Statistics compiled by the Government of India from the reports of provincial Civil Veterinary Departments
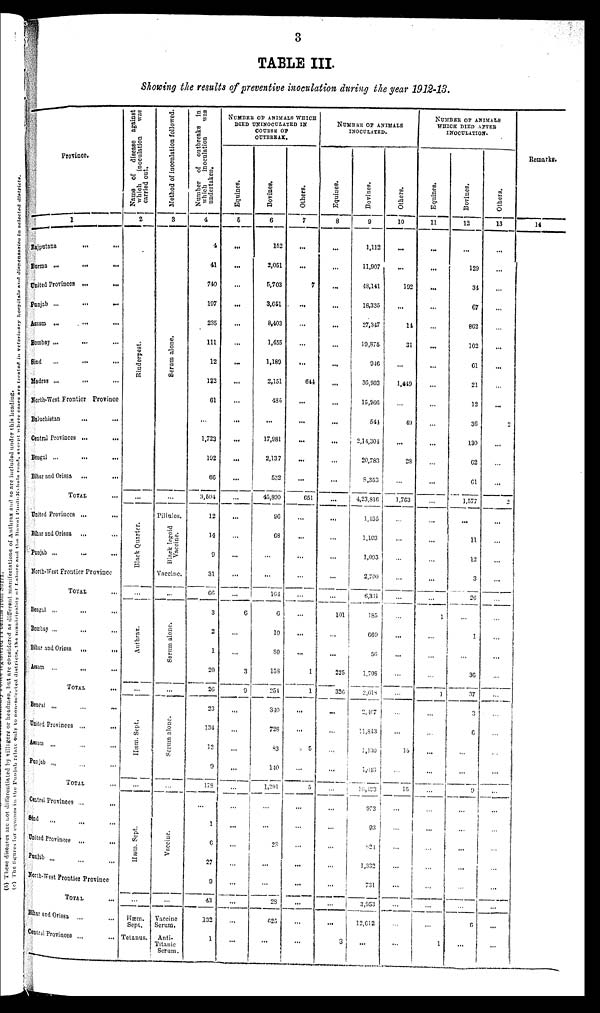
TABLE III.
Showing the results of preventive inoculation during the year 1912-13.
Province.
1
Rajputana
...
...
Burma
...
...
...
United Provinces ...
Punjab ... ... ...
Assam ...
...
...
Bombay ... ... ...
Sind
... ... ... ...
Madras ... ... ...
North-West Frontier Province
Baluchistan
... ... ...
Central Provinces ... ....
Bengal ... ... ...
Bihar and Orissa ... ... ...
TOTAL ...
United Provinces ...
Bihar and Orissa ...
Punjab
...
...
...
North-West Frontier Province
TOTAL ...
Bengal
...
...
...
Bombay
...
...
Bihar and Orissa
...
...
Assam
...
...
TOTAL ...
Bengal ... ... ...
United Provinces ...
...
Assam ... ... ...
Punjab ... ... ...
TOTAL ...
Central Provinces ... ... ...
Sind ... ... ...
United Provinces ... ... ...
Punjab ... ... ...
Worth-West Frontier Province
TOTAL ...
Bihar and Orissa ... ...
Central Provinces ...
...
...
Name
of
disease against
which
inoculation
was
carried out.
2
Rinderpest.
Bl ack Quar t
er .
...
Anthrax.
Hæm. Sept.
...
Hæm. Sept .
...
Hæm.
Sept.
Tetanus.
Method of inoculation followed.
3
Se r
um alone.
Pillules.
Black legoid
Vaccine.
Vaccine.
...
Se r
um a lone .
Serum
alone.
...
Vaccine.
...
Vaccine
Serum.
Anti¬
Titanic
Serum.
Number of
outbreaks
in
which
inoculation
was
undertaken.
4
4
41
740
197
235
111
12
122
61
...
1,723
192
66
3,504
12
14
9
31
66
3
2
1
20
26
23
134
12
9
178
...
1
6
27
9
43
132
1
NUMBER OF ANIMALS WHICH
DIED UNINOCULATED IN
COURSE OF
OUTBREAK.
Equines.
5
...
...
...
...
...
...
...
...
...
...
...
...
...
...
...
...
...
...
...
6
...
...
3
9
...
...
...
...
...
1
...
...
...
...
...
...
...
Bovines.
6
152
2,051
5,703
3,651
8,403
1,455
1,189
2,151
486
...
17,981
2,137
532
45,890
96
68
...
...
164
6
10
80
158
254
340
728
83
140
1,291
...
...
28
...
...
28
625
...
Others.
7
...
...
7
...
...
...
...
644
...
...
...
...
...
651
...
...
...
...
...
...
...
...
1
1
...
...
5
...
5
...
...
...
...
...
...
...
...
NUMBER OF ANIMALS
INOCULATED.
Equines.
8
...
...
...
...
...
...
...
...
...
...
...
...
...
...
...
...
...
...
...
101
...
...
225
326
...
...
...
...
...
...
...
...
...
...
...
...
3
Bovines.
9
1,112
11,907
48,141
18,335
27,347
19,876
946
36,903
15,266
544
2,14,304
20,783
8,353
4,23,816
1,435
1,103
1,093
2,700
6,331
185
669
56
1,708
2,618
2,407
11,843
1,130
1,048
16,423
973
93
824
1,332
731
3,953
12,612
...
Others.
10
...
...
192
...
14
31
...
1,449
...
49
...
28
...
1,763
...
...
...
...
...
...
...
...
...
...
...
...
15
...
15
...
...
...
...
...
...
...
...
NUMBER OF ANIMALS
WHICH DIED AFTER
INOCULATION.
Equines.
11
...
...
...
...
...
...
...
...
...
...
...
...
...
...
...
...
...
...
...
1
...
...
...
1
...
...
...
...
...
...
...
...
...
...
...
...
1
Bovines.
12
...
129
34
67
862
102
61
21
12
36
130
62
61
1,577
...
11
12
3
26
...
1
...
36
37
3
6
...
...
9
...
...
...
...
...
...
6
...
Others.
13
...
...
...
...
...
.. ...
...
...
...
2
...
...
...
2
...
...
...
...
...
...
...
...
...
...
...
...
...
...
...
...
...
...
...
...
...
...
...
Remarks.
14